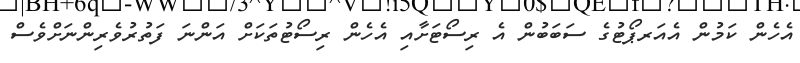
އެހެން ކަމުން އެއަރޕޯޓުގެ ސަބަބުން އެ ރިސޯޓަށާއި އެހެން ރިސޯޓުތަކަށް އަންނަ ފަތުރުވެރިންނަށްވެސް